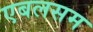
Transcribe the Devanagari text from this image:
एबलसम